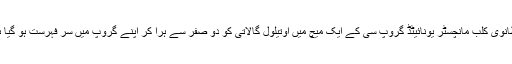
برطانوی کلب مانچسٹر یونائیٹڈ گروپ سی کے ایک میچ میں اوتیلول گالاتی کو دو صفر سے ہرا کر اپنے گروپ میں سر فہرست ہو گیا ہے۔